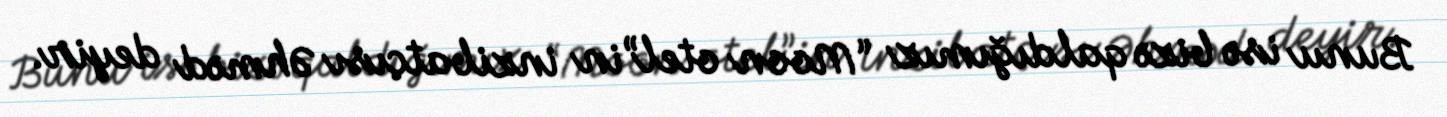
Bunu isə bizə qaldığımız “Moon otel”in inzibatçısı Əhməd deyir.